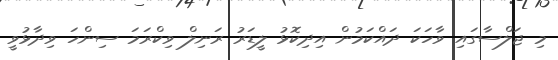
މި ޖަލްސާގައި ވާހަކަ ދައްކަމުން އިދިކޮޅު ލީޑަރު ރަނިލް ވިކްރަމަ ސިންހަ ވިދާޅުވީ